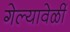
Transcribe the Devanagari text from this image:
गेल्यावेळीं